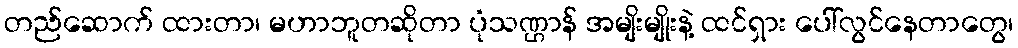
တည်ဆောက် ထားတာ၊ မဟာဘူတဆိုတာ ပုံသဏ္ဌာန် အမျိးမျိုးနဲ့ ထင်ရှား ပေါ်လွင်နေတာတွေ၊